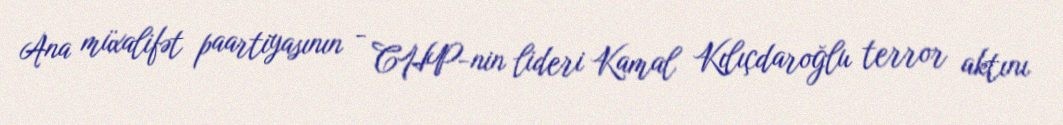
Ana müxalifət paartiyasının - CHP-nin lideri Kamal Kılıçdaroğlu terror aktını